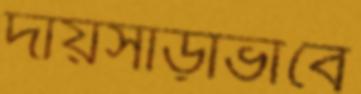
দায়সাড়াভাবে